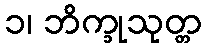
၁၊ ဘိက္ခုသုတ္တ